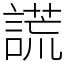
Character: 謊